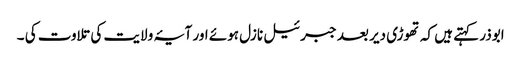
ابوذر کہتے ہیں کہ تھوڑی دیر بعد جبرئیل نازل ہوئے اور آیۂ ولایت کی تلاوت کی ۔